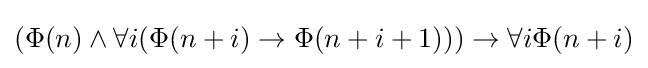
(\Phi (n)\land \forall i(\Phi (n+i)\to \Phi (n+i+1)))\to \forall i\Phi (n+i)\,\!